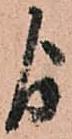
よ